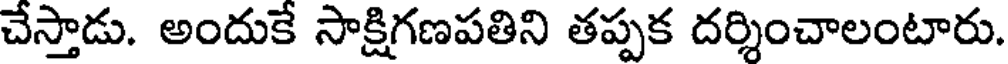
చేస్తాడు. అందుకే సాక్షిగణపతిని తప్పక దర్శించాలంటారు.